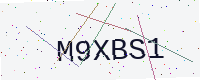
Text: M9XBS1